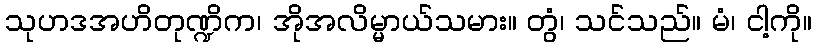
သုဟဒအဟိတုဏ္ဍိက၊ အိုအလိမ္မာယ်သမား။ တွံ၊ သင်သည်။ မံ၊ ငါ့ကို။